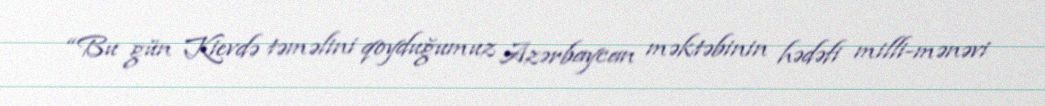
“Bu gün Kievdə təməlini qoyduğumuz Azərbaycan məktəbinin hədəfi milli-mənəvi